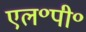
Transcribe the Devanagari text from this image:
एल॰पी॰